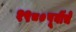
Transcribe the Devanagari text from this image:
१९८०पूर्वीचे